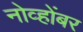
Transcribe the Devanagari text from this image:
नोव्होंबर